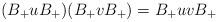
LaTeX: \begin{align*}(B_+uB_+)(B_+vB_+)=B_+uvB_+\end{align*}